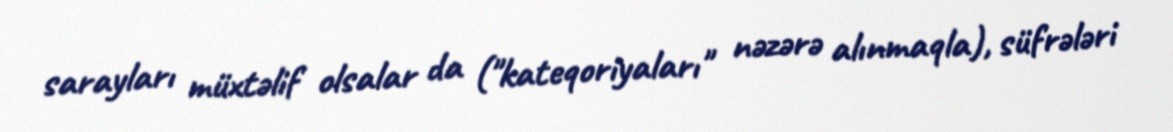
sarayları müxtəlif olsalar da ("kateqoriyaları" nəzərə alınmaqla), süfrələri